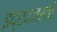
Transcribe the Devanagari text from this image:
इंद्रवज्राचे